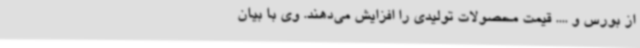
از بورس و .... قیمت‌ محصولات تولیدی را افزایش می‌دهند. وی با بیان